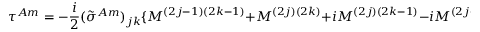
\tau ^ { A m } = - \frac { i } { 2 } ( \tilde { \sigma } ^ { A m } ) _ { j k } \{ M ^ { ( 2 j - 1 ) ( 2 k - 1 ) } + M ^ { ( 2 j ) ( 2 k ) } + i M ^ { ( 2 j ) ( 2 k - 1 ) } - i M ^ { ( 2 j - 1 ) ( 2 k ) } \} .